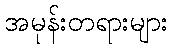
အမုန်းတရားများ